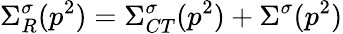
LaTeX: \Sigma_{R}^{\sigma}(p^{2})=\Sigma_{CT}^{\sigma}(p^{2})+\Sigma^{\sigma}(p^{2})